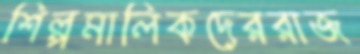
শিল্পমালিকদেররাজ